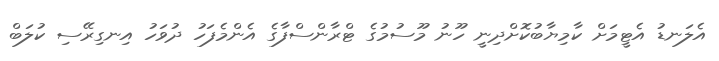
އެލަނޑު އެޓީމަށް ކާމިޔާބުކޮށްދިނީ ހޫނު މޫސުމުގެ ޓްރާންސްފާގެ އެންމެފަހު ދުވަހު އިނގިރޭސި ކުލަބް